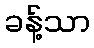
ခန့်သာ